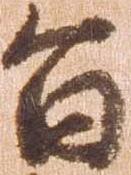
旨